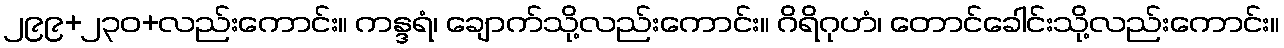
၂၉၉+၂၃၀+လည်းကောင်း။ ကန္ဒရံ၊ ချောက်သို့လည်းကောင်း။ ဂိရိဂုဟံ၊ တောင်ခေါင်းသို့လည်းကောင်း။